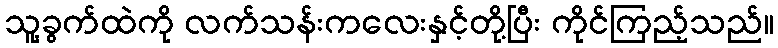
သူ့ခွက်ထဲကို လက်သန်းကလေးနှင့်တို့ပြီး ကိုင်ကြည့်သည်။